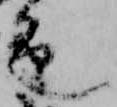
色